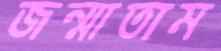
জন্মাতাম